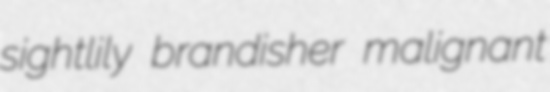
sightlily brandisher malignant